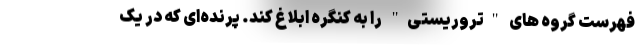
فهرست گروه های "تروریستی" را به کنگره ابلاغ کند. پرنده‌ای که در یک